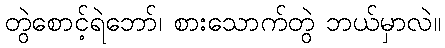
တွဲစောင့်ရဲဘော်၊ စားသောက်တွဲ ဘယ်မှာလဲ။